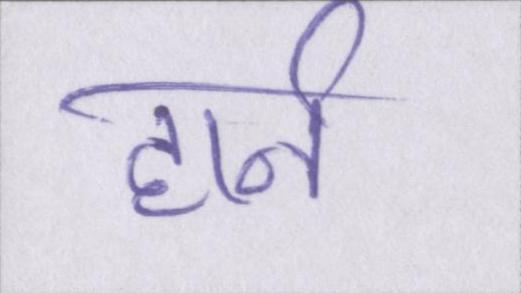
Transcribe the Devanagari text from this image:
हार्न